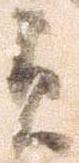
貞